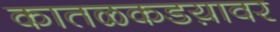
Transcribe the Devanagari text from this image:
कातळकडय़ावर